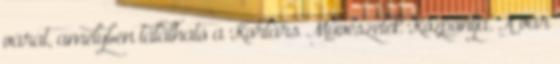
várat, amelyben található a Kortárs Művészetek Központja. A vár